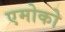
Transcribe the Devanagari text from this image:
एमोको